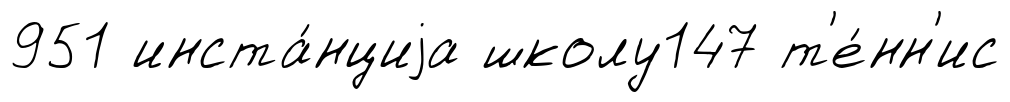
951 инста́нциjа школу147 т'е́нн'ис